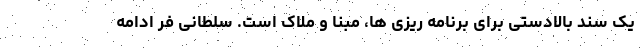
یک سند بالادستی برای برنامه ریزی ها، مبنا و ملاک است. سلطانی فر ادامه